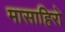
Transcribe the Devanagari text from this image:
मासाहिरो